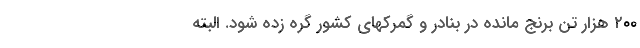
۲۰۰ هزار تن برنج مانده در بنادر و گمرکهای کشور گره زده شود. البته